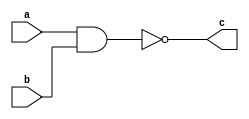
module nand2(c,a,b);
input a,b;
output c;
assign c=!(a&b);
endmodule